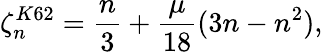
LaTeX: \zeta_{n}^{K62}=\frac{n}{3}+\frac{\mu}{18}(3n-n^{2}),